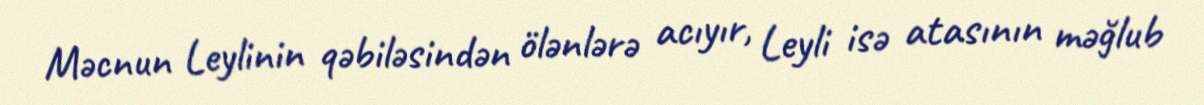
Məcnun Leylinin qəbiləsindən ölənlərə acıyır, Leyli isə atasının məğlub